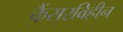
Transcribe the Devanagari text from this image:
कैंसरविहीन